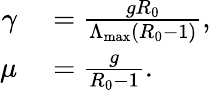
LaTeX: \begin{array}{rl}{\gamma}&{{}=\frac{gR_{0}}{\Lambda_{\mathrm{max}}(R_{0}-1)},}\\ {\mu}&{{}=\frac{g}{R_{0}-1}.}\end{array}